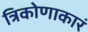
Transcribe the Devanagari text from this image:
त्रिकोणाकारं